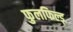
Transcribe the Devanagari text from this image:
फुलफिल्ड्